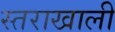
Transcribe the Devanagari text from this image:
स्तराखाली